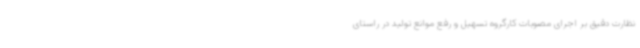
نظارت دقیق بر اجرای مصوبات کارگروه تسهیل و رفع موانع تولید در راستای